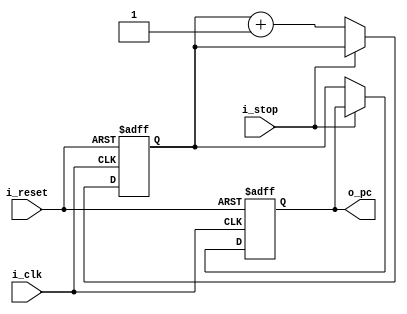
module fetch(
    input i_clk,
    input i_reset,
    input i_stop,
    output [11:0] o_pc
);//PC behavior

    wire [11:0] next_pc;
    reg [11:0] r_pc; //= 12'h000;
    reg [11:0] o_pc;

    always @(posedge i_clk or negedge i_reset) begin
        if (~i_reset)begin
            o_pc <= 12'h000;
            r_pc <= 12'h000;
        end
        else if(~i_stop)begin
            o_pc <= r_pc;
            r_pc <= next_pc;
        end
    end
    
    assign next_pc = r_pc + 12'h001;

endmodule